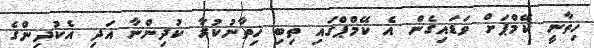
ޚިތާނީ ކޭމްޕަށް ވަޑައިގެން އެ ކޭމްޕްގައި ތިބި ޚިތާނުކުރާ ކުދިންނާ އަދި އެކުދިންގެ